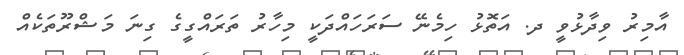
އާމިރު ވިދާޅުވީ ދ. އަތޮޅު ހިމެނޭ ސަރަހައްދަކީ މިހާރު ތަރައްގީގެ ގިނަ މަޝްރޫތަކެއް